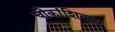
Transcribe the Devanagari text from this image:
चौकांशिवाय